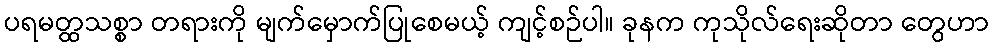
ပရမတ္ထသစ္စာ တရားကို မျက်မှောက်ပြုစေမယ့် ကျင့်စဉ်ပါ။ ခုနက ကုသိုလ်ရေးဆိုတာ တွေဟာ